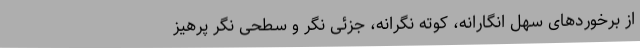
از برخوردهای سهل انگارانه، کوته نگرانه، جزئی نگر و سطحی نگر پرهیز